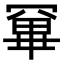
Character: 𭂂